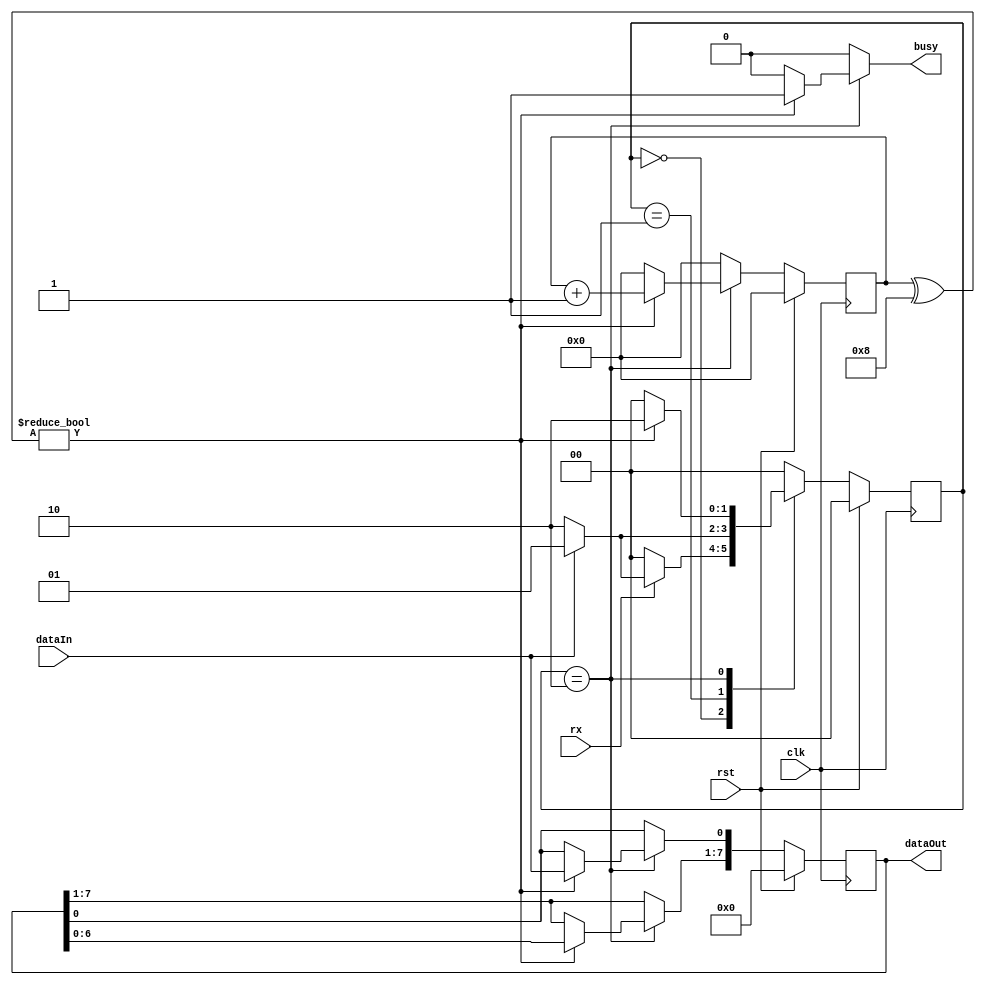
/*
DESCRIPTION
A UART_RX statemachine for UART reciever comm.

NOTES
	BIT_WIDTH = bit width, usually 8 or 7
	START_BIT = start bit value
	
	Module uses a counter and state machine. The state machine is basic, an idle state, a start state, and an rx state.
	The counter is used to count number of shifts. on the data line. New Data is shifted into the LSB. DataOut is junk until
	the busy signal goes false.
	
	The STOP_BIT is assumes to not the START_BIT.
			
TODO

*/


module uart_rx_r0 #(
	parameter BIT_WIDTH = 8,
	parameter START_BIT = 0
)(
	input clk,
	input rst,
	input dataIn,
	input rx,
	output busy,
	output [BIT_WIDTH-1:0] dataOut
);

/**********
 * Internal Signals
**********/
localparam s_IDLE = 2'h0;
localparam s_START = 2'h1;
localparam s_RX_DATA = 2'h2;

localparam STATE_WIDTH = 2;
localparam CNT_WIDTH = 4;

reg [STATE_WIDTH-1:0] next_state;
reg [STATE_WIDTH-1:0] state;
reg [CNT_WIDTH-1:0] cnt;
reg [CNT_WIDTH-1:0] next_cnt;
reg [BIT_WIDTH - 1:0] data_rx;
reg [BIT_WIDTH - 1:0] next_data;
reg busy_tmp;

wire [CNT_WIDTH-1:0] bitwidth;
/**********
 * Glue Logic 
 **********/
assign bitwidth = BIT_WIDTH;

/**********
 * Synchronous Logic
 **********/
//sensitivity list should include clk and all mealy inputs
//assignments in the synchronous section should be all registered signals
always @(posedge clk) begin
	if(rst == 1'b1) begin
		//reset cnt and state
		state <= s_IDLE;
		cnt <= 4'h0;
		data_rx <= {(BIT_WIDTH){1'b0}}; //we need to register the data as it comes in
	end
	else begin
		//on the clk, assign next_state to state
		state <= next_state;
		cnt <= next_cnt;
		data_rx <= next_data;
	end
end

/**********
 * Combinatorial Logic
 **********/
//sensitivity list should include state and all moore inputs
//bitwidth is added to sensitivity list even though not needed since never changes, makes warnings go away
always @(state,cnt,dataIn,data_rx,bitwidth,rx) begin
	
//For statemachines, always default registered signals

	busy_tmp <= 1'b0;
	next_data <= data_rx;//hold data if no change
	next_cnt <= 4'h0;//when cnt not incremented, reset value
	next_state <= s_IDLE;//when state not assigned, go to ideal
				
//NOTE case doesnt need "begin" since has "endcase"
	case(state)
	
		s_IDLE:
			if(rx) begin //read enabled
				//if the start bit gets hit, move to capturing dataIn state
				if(dataIn == START_BIT) begin
					next_state <= s_RX_DATA;
				end
				else begin //if start bit not hit (i.e. asked to read while mid comm), wait for start bit
					next_state <= s_START;
				end
			end
			else begin //read not enabled
				next_state <= s_IDLE;
			end
				
		s_START:
			if(dataIn == START_BIT) begin
				next_state <= s_RX_DATA;
			end
			else begin //wait for start bit
				next_state <= s_START;
			end
		
		s_RX_DATA:
			//if the cnt reaches the max, move back to looking for start bit
//NOTE this below comment would be great but cast to 32 bits for equal which is wasteful
//if(cnt != BIT_WIDTH) begin 
			if(cnt^bitwidth) begin //if the bitwise xor is 0, then the two inputs are equal, no casting 
				//dataIn moves to shift register
				next_data[0] <= dataIn;
				next_data[BIT_WIDTH-1:1] <= data_rx[BIT_WIDTH-2:0]; 
				busy_tmp <= 1'b1;
				next_cnt <= cnt+1;//this will throw a warning that it is truncating 32bit 1 to a 4bit 1, good thing
				next_state <= s_RX_DATA;
			end
	endcase
end


/**********
 * Glue Logic 
 **********/
/**********
 * Components
 **********/
/**********
 * Output Combinatorial Logic
 **********/
assign busy = busy_tmp;
assign dataOut = data_rx;


endmodule